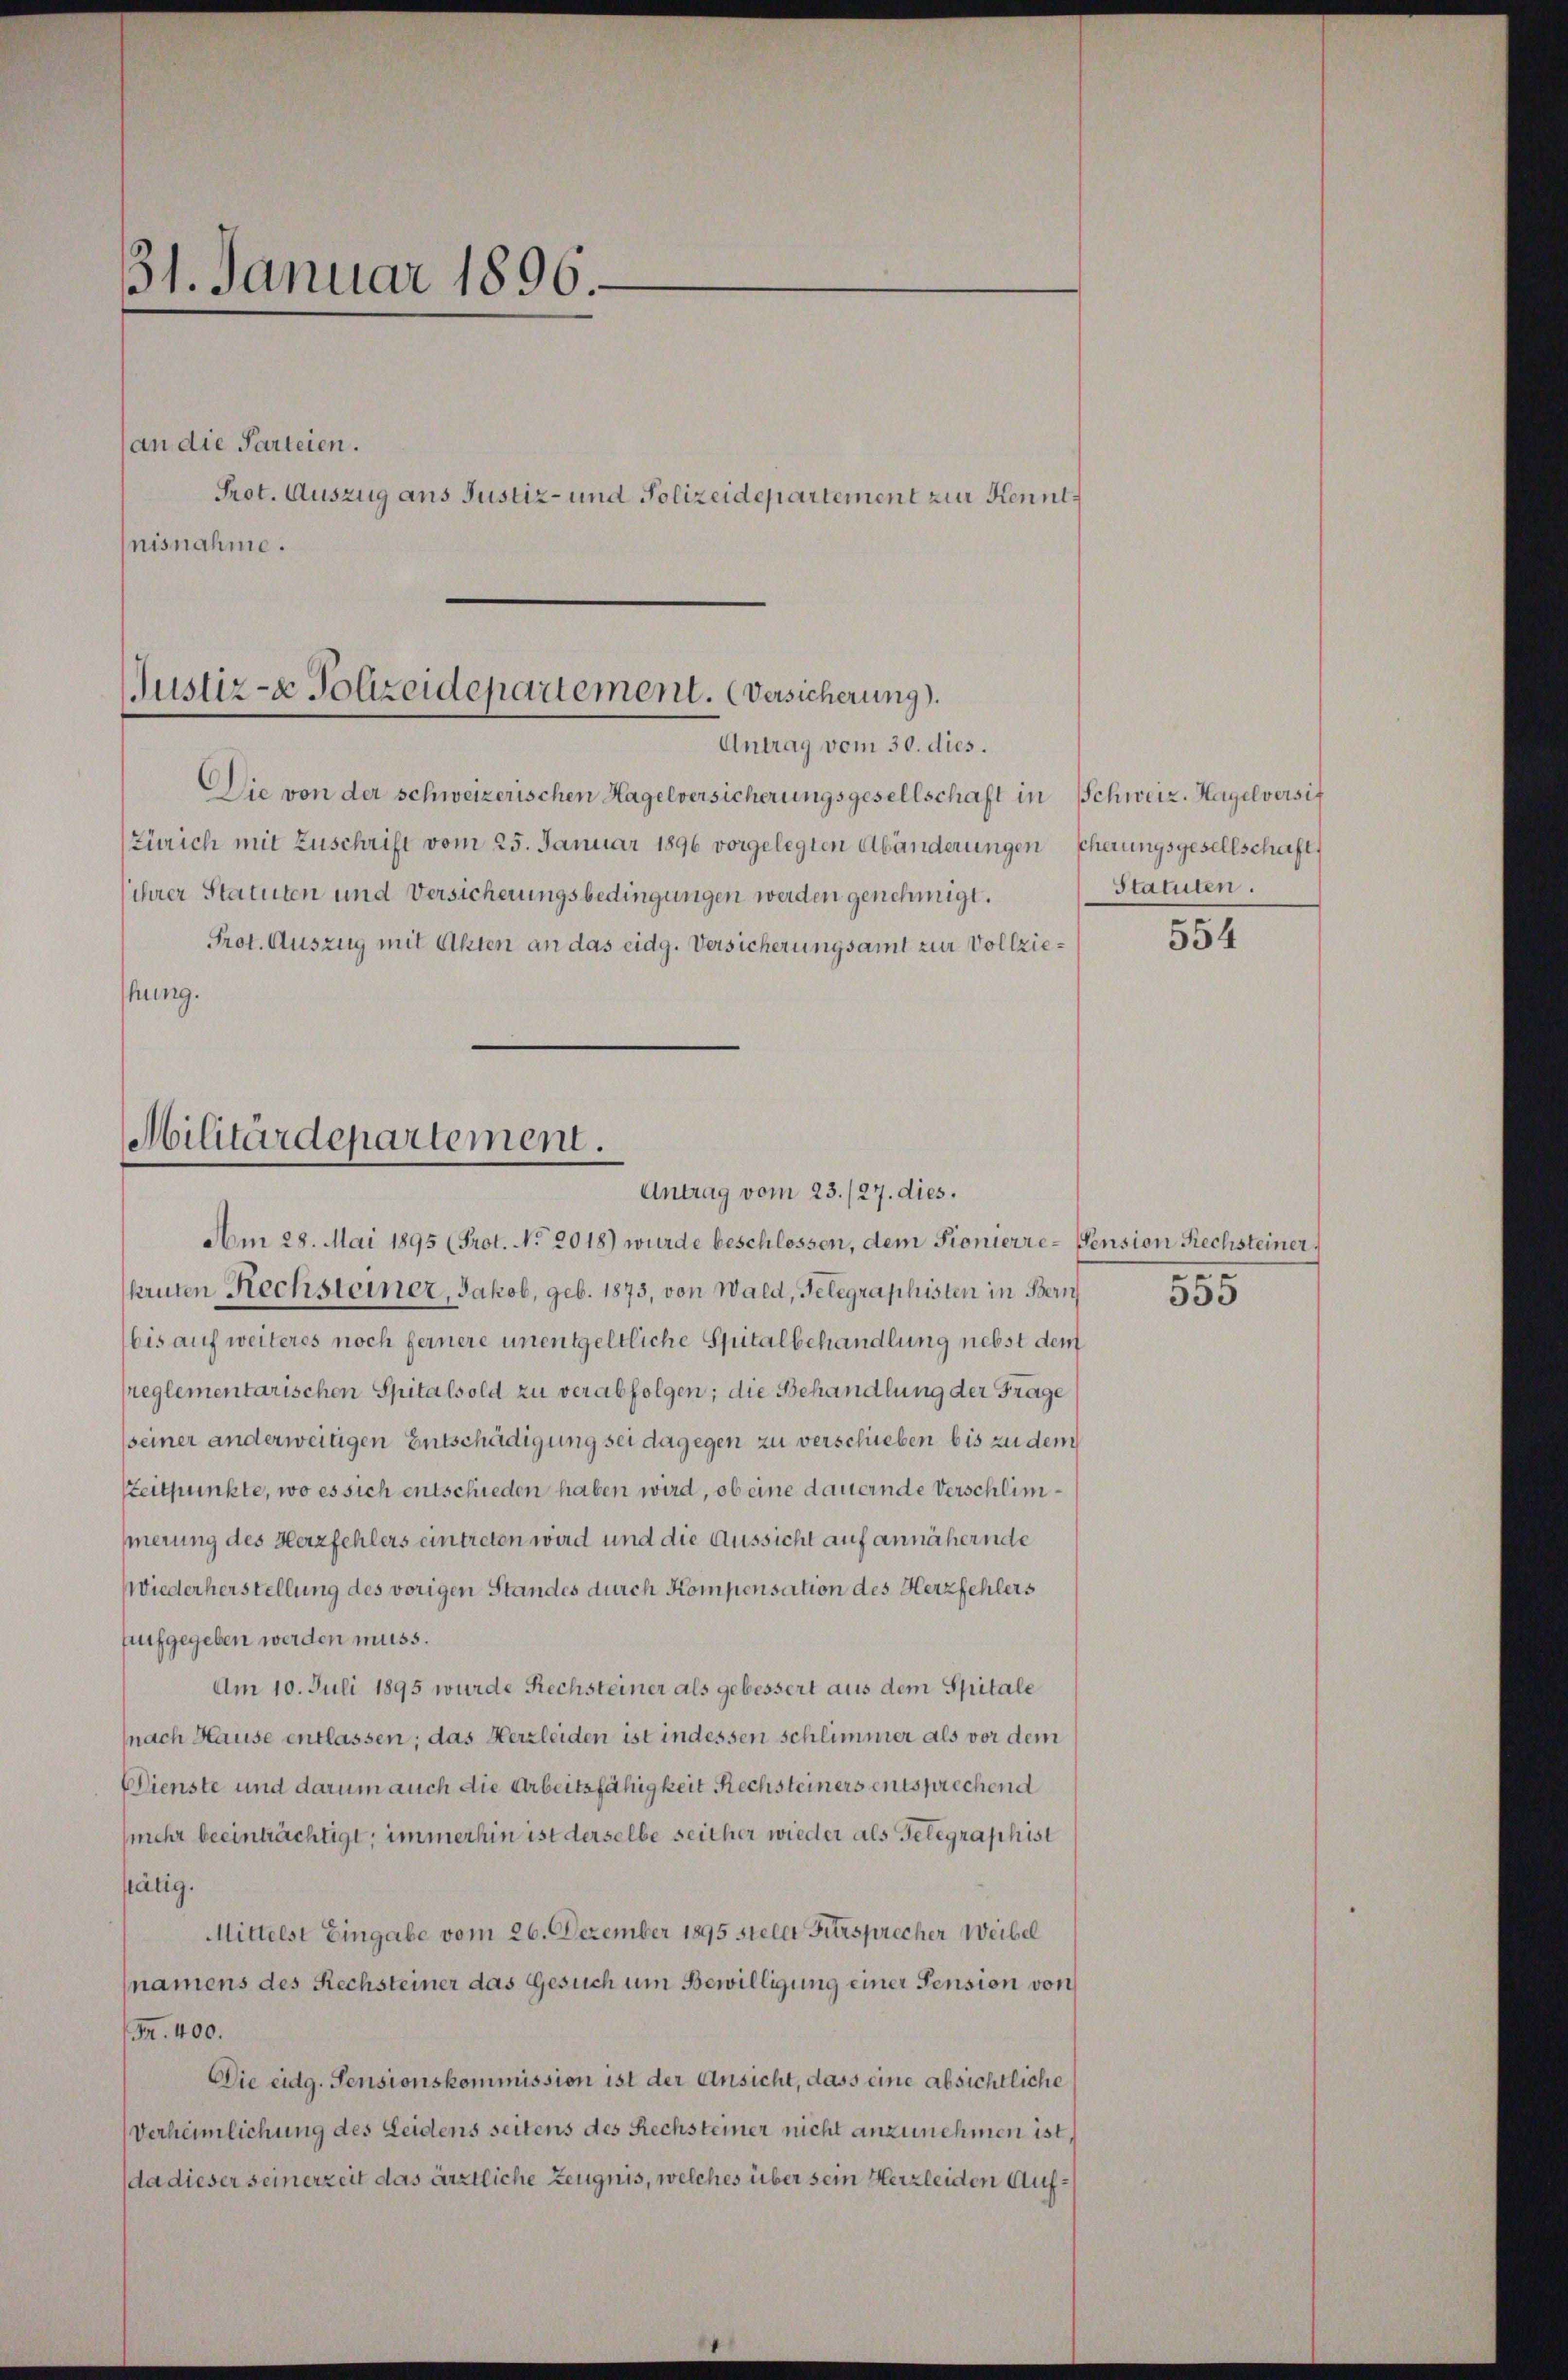
31. Januar 1896.
an die Parteien.
Prot. Auszug aus Justiz- und Polizeidepartement zur Kenntnisnahme.

Die von der schweizerischen Hagelversicherungsgesellschaft in Schweiz. Hagelversit
Zürich mit Zuschrift vom 25. Januar 1896 vorgelegten Abänderungen scherungsgesellschaft,
ihrer Statuten und Versicherungsbedingungen werden genehmigt.
Prot. Auszug mit Akten an das eidg. Versicherungsamt zur Vollziethung.

Justiz- & Polizeidepartement. Versicherung).
Antrag vom 30. dies.

Militärdepartement.
Antrag vom 23./27. dies.

Statuten.

Am 28. Mai 1895 (Prot. No 2018) wurde beschlossen, dem Pionierre-Pension Rechsteiner,
kruten Rechsteiner, Jakob, geb. 1873, von Wald, Telegraphisten in Bern
bis auf weiteres noch fernere unentgeltliche Spitalbehandlung nebst dem
reglementarischen Spitalsold zu verabfolgen; die Behandlung der Frage
(seiner anderweitigen Entschädigung sei dagegen zu verschieben bis zu dem
Steitpunkte, wo es sich entschieden haben wird, ob eine dauernde Verschlimmerung des Herzfehlers eintreten wird und die Aussicht auf annähernde
Wiederherstellung des vorigen Standes durch Kompensation des Herzfehlers
aufgegeben werden muss.
Am 10. Juli 1895 wurde Rechsteiner als gebessert aus dem Spitale
(nach Hause entlassen; das Herzleiden ist indessen schlimmer als vor dem
Dienste und darum auch die Arbeitsfähigkeit Rechsteiners entsprechend
(mehr beeinträchtigt; immerhin ist derselbe seither wieder als Gelegraphist
stätig.
Mittelst Eingabe vom 26. Dezember 1895 stellt Fürsprecher Weibel
namens des Rechsteiner das Gesuch um Bewilligung einer Pension von
Fr. 400.
Die eidg. Sensionskommission ist der Ansicht, dass eine absichtliche
Verheimlichung des Leidens seitens des Rechsteiner nicht anzunehmen ist,
(da dieser seinerzeit das ärztliche Zeugnis, welches über sein Herzleiden Auf¬

554

n

555